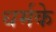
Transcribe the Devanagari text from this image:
धर्मके